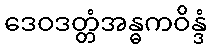
ဒေဝဒတ္တံအန္ဓကဝိန္ဒံ